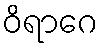
ဝိရာဂေ